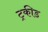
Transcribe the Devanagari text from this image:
ट्रकीड